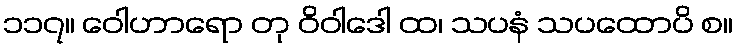
၁၁၇။ ဝေါဟာရော တု ဝိဝါဒေါ ထ၊ သပနံ သပထောပိ စ။